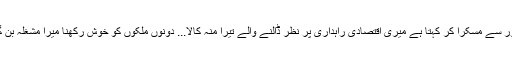
چین دور سے مسکرا کر کہتا ہے میری اقتصادی راہداری پر نظر ڈالنے والے تیرا منہ کالا... دونوں ملکوں کو خوش رکھنا میرا مشغلہ بن گیا ہے۔